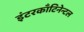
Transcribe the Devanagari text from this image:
इंटरकाँटिनेन्टल